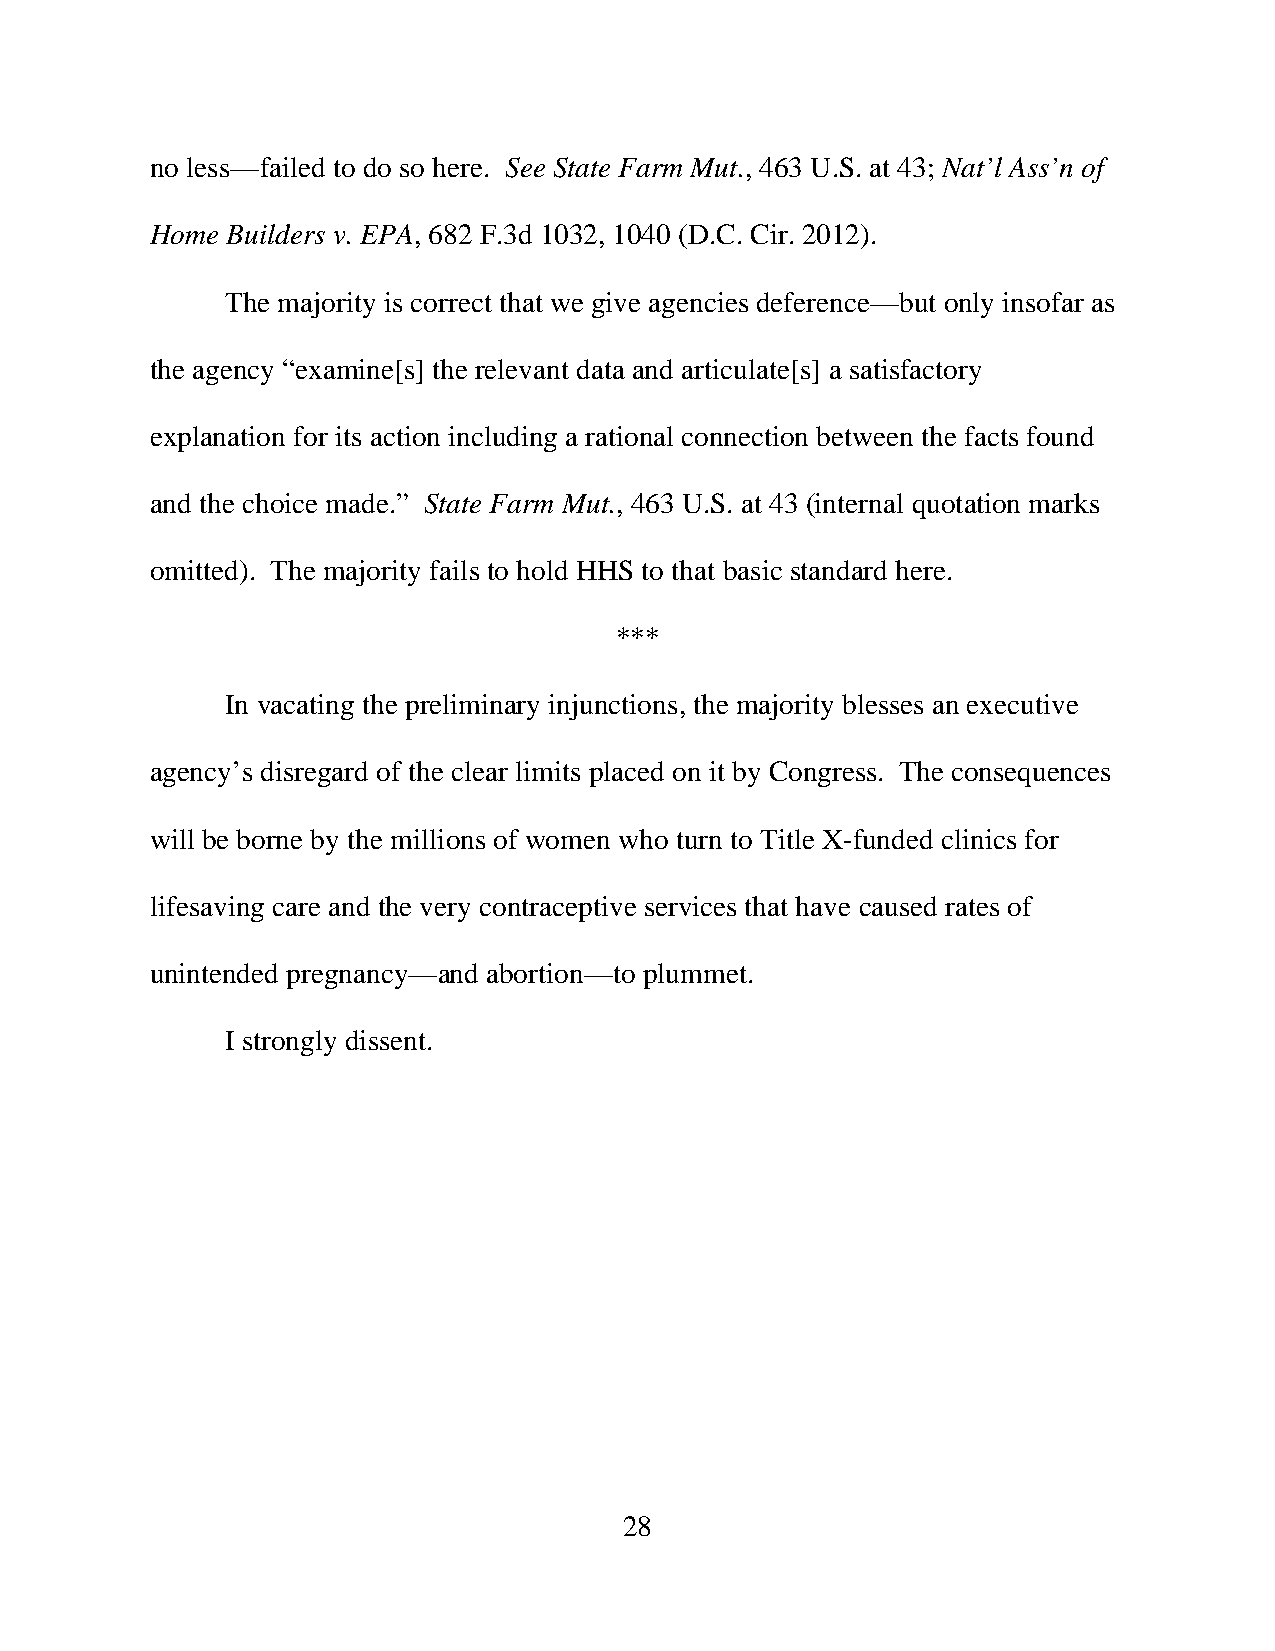
no less—failed to do so here. See State Farm Mut., 463 U.S. at 43; Nat’l Ass’n of
 Home Builders v. EPA, 682 F.3d 1032, 1040 (D.C. Cir. 2012).
 The majority is correct that we give agencies deference—but only insofar as
 the agency “examine[s] the relevant data and articulate[s] a satisfactory
 explanation for its action including a rational connection between the facts found
 and the choice made.” State Farm Mut., 463 U.S. at 43 (internal quotation marks
 omitted). The majority fails to hold HHS to that basic standard here.
 ***
 In vacating the preliminary injunctions, the majority blesses an executive
 agency’s disregard of the clear limits placed on it by Congress. The consequences
 will be borne by the millions of women who turn to Title X-funded clinics for
 lifesaving care and the very contraceptive services that have caused rates of
 unintended pregnancy—and abortion—to plummet.
 I strongly dissent.
 28